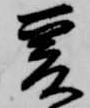
爰